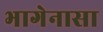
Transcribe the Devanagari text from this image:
भागेनासा